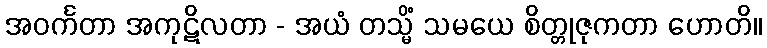
အဝင်္ကတာ အကုဋိလတာ - အယံ တသ္မိံ သမယေ စိတ္တုဇုကတာ ဟောတိ။